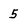
Character: 5